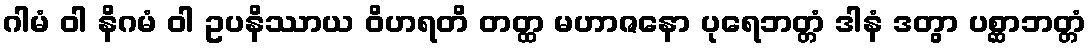
ဂါမံ ဝါ နိဂမံ ဝါ ဥပနိဿာယ ဝိဟရတိ တတ္ထ မဟာဇနော ပုရေဘတ္တံ ဒါနံ ဒတွာ ပစ္ဆာဘတ္တံ